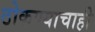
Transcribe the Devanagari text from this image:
ठोकण्याचाही